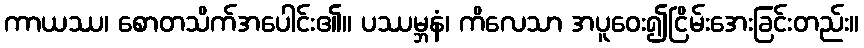
ကာယဿ၊ စောတသိက်အပေါင်း၏။ ပဿမ္ဘနံ၊ ကိလေသာ အပူဝေး၍ငြိမ်းအေးခြင်းတည်း။